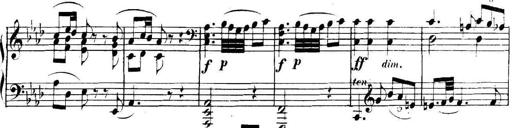
Title: Collected Piano Sonatas
Composer: Muzio Clementi